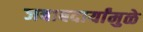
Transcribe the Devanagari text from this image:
जबाबदार्यांमुळे